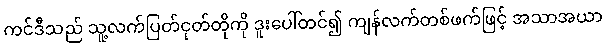
ကင်ဒီသည် သူ့လက်ပြတ်ငုတ်တိုကို ဒူးပေါ်တင်၍ ကျန်လက်တစ်ဖက်ဖြင့် အသာအယာ